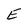
Character: E